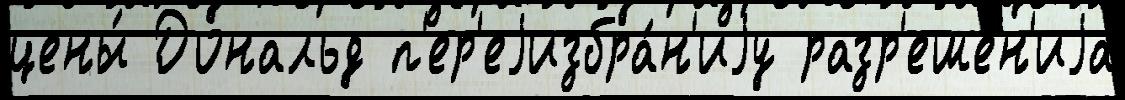
цены́ Дональд п'ер'еjизбра́н'иjу разр'еше́н'иjа